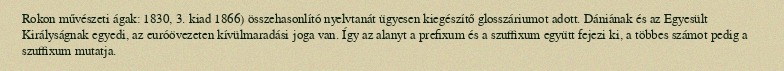
Rokon művészeti ágak: 1830, 3. kiad 1866) összehasonlító nyelvtanát ügyesen kiegészítő glosszáriumot adott. Dániának és az Egyesült Királyságnak egyedi, az euróövezeten kívülmaradási joga van. Így az alanyt a prefixum és a szuffixum együtt fejezi ki, a többes számot pedig a szuffixum mutatja.